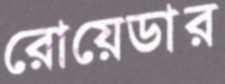
রোয়েডার